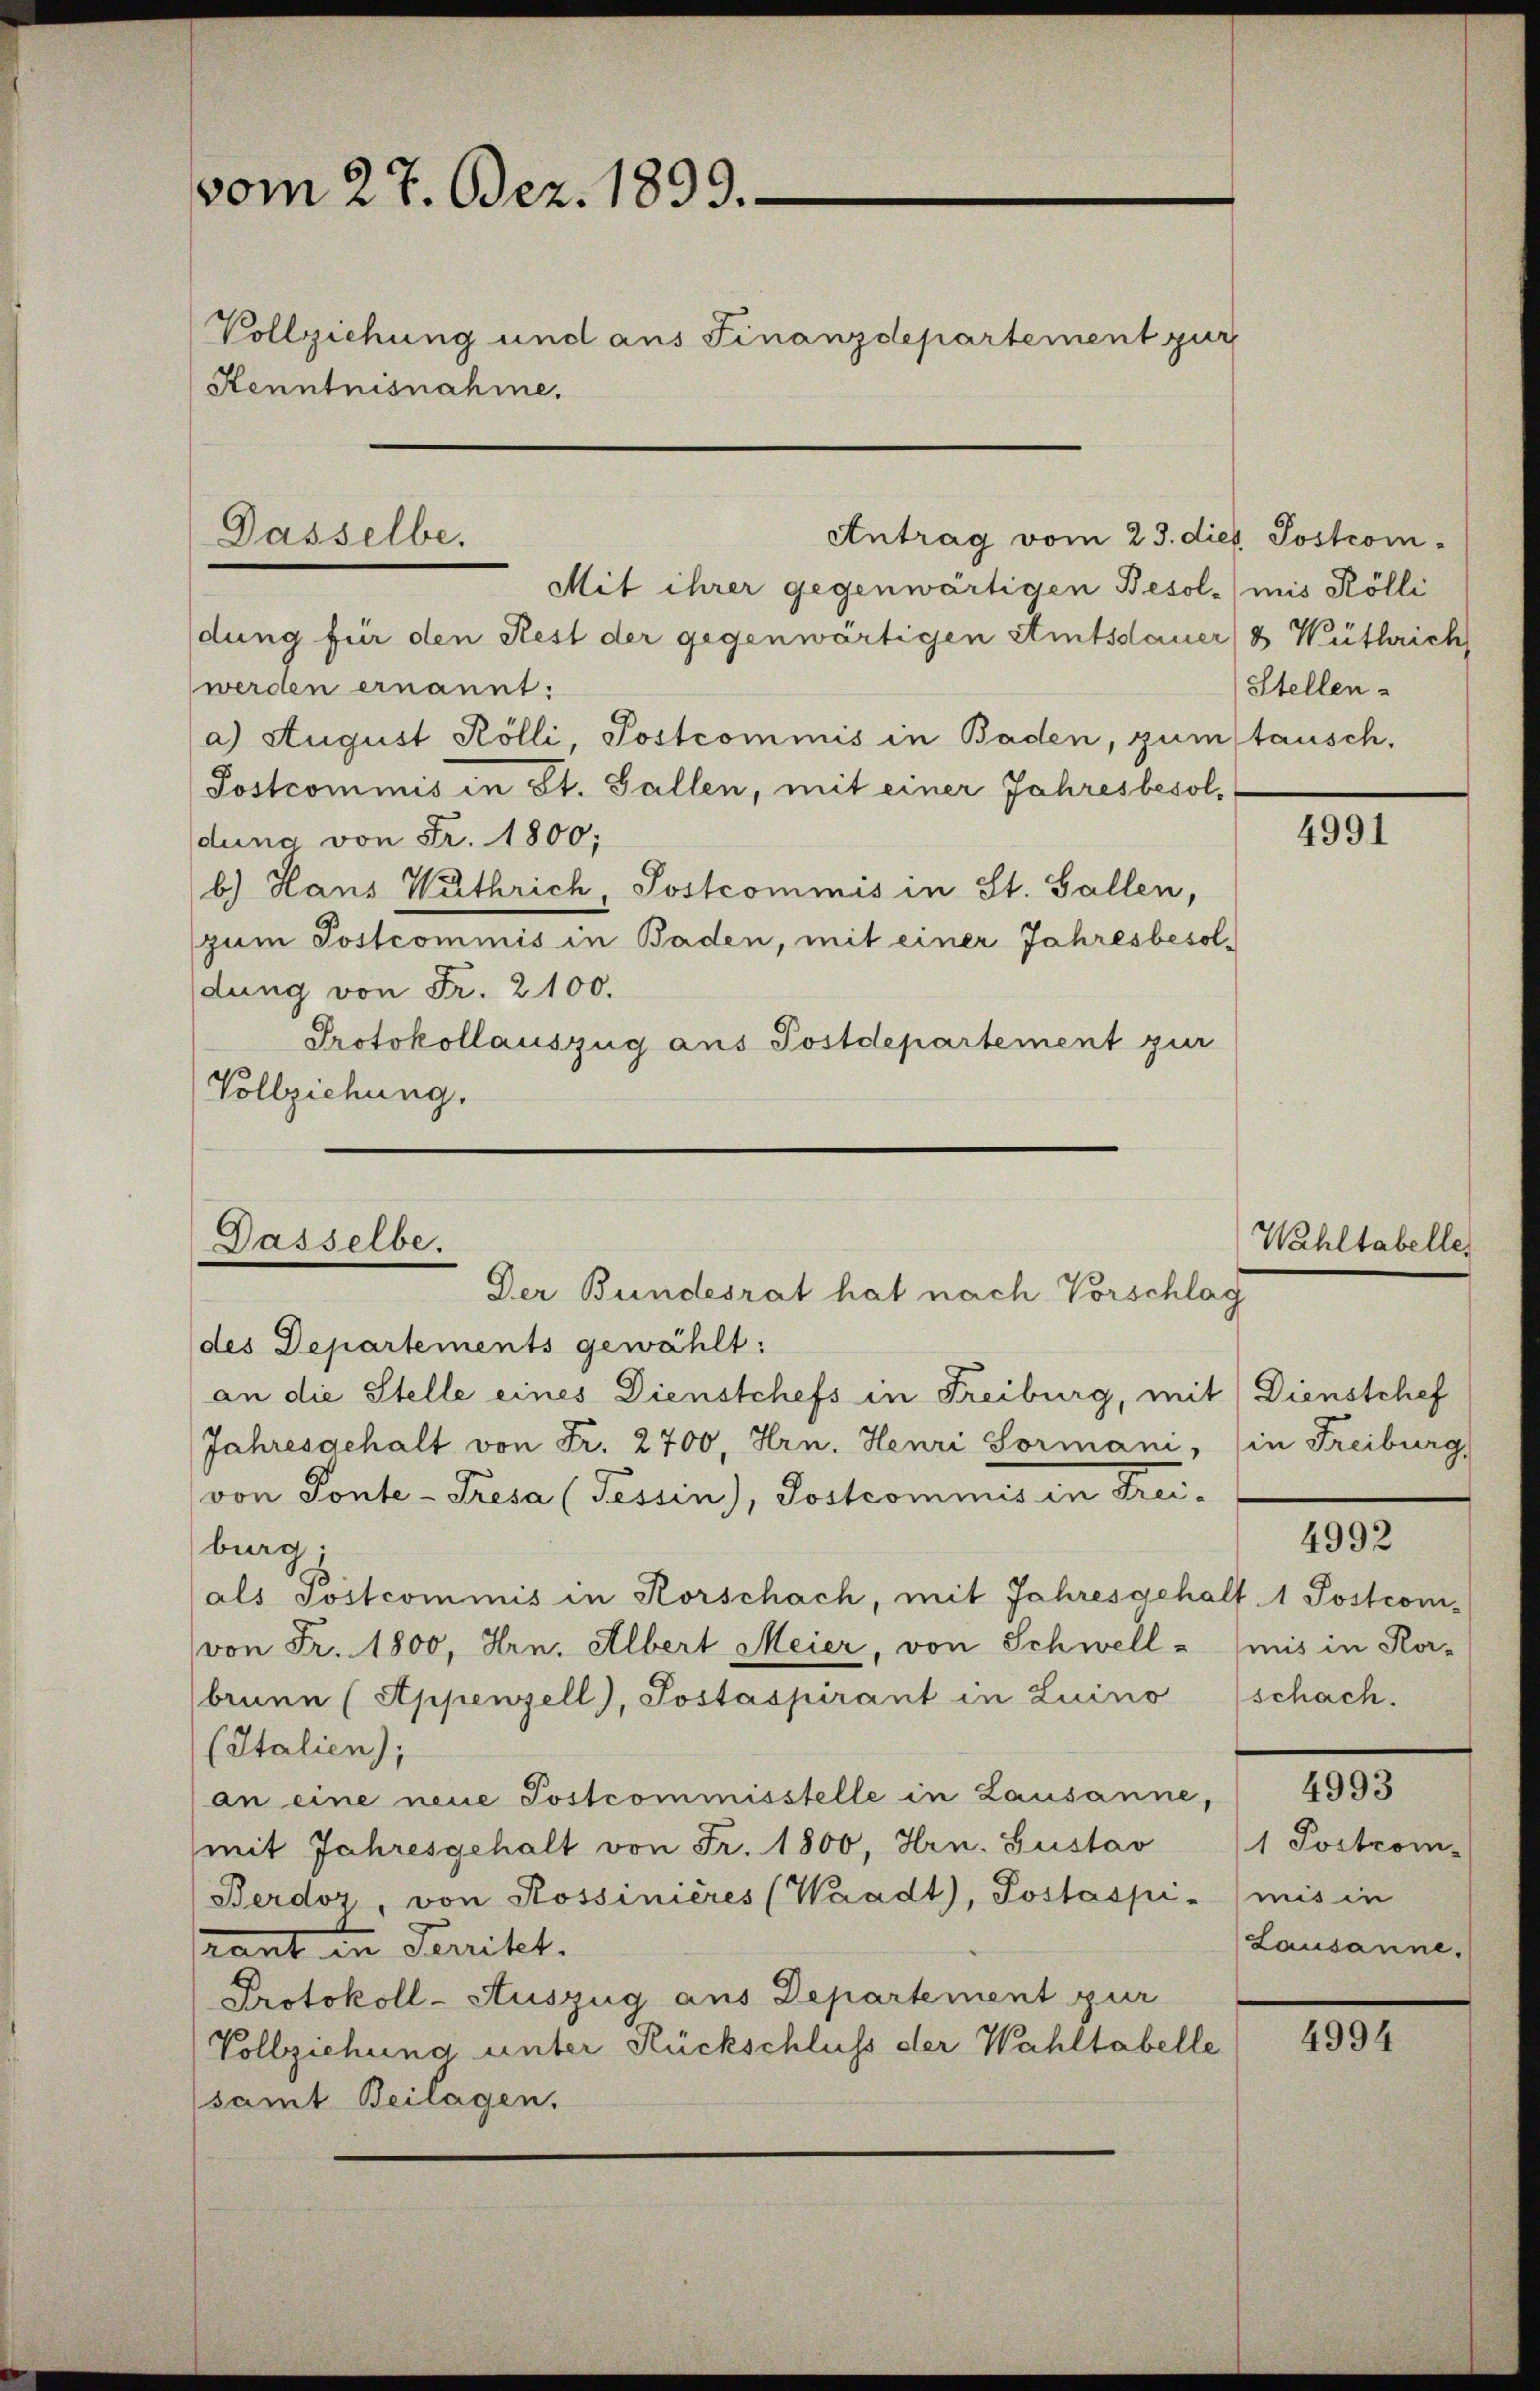
vom 27. Dez. 1899.
Vollziehung und aus Finanzdepartement zur
Kenntnisnahme.

Dasselbe.

Mit ihrer gegenwärtigen Besolmis Kölli
dung für den Rest der gegenwärtigen Amtsdauer & Wüthrich
werden ernannt:
a) August Kölli, Postcommis in Baden, zum tausch,
Postcommis in St. Gallen, mit einer Jahresbesoldung von Fr. 1800;
b.) Hans Wuthrich, Postcommis in St. Gallen,
zum Postcommis in Baden, mit einer Jahresbesoldung von Fr. 2100.
Protokollauszug aus Postdepartement zur
Vollziehung.

Antrag vom 23. dies Postrom¬

Dasselbe.
Der Bundesrat hat nach Vorschlag

des Departements gewählt:
an die Stelle eines Dienstchefs in Freiburg, mit Dienstchef
Jahresgehalt von Fr. 2700, Hrn. Henri Sormani, (in Freiburg,
von Ponte - Presa (Tessin), Postcommis in Freiburg;
als Postcommis in Korschach, mit Jahresgehalt 1 Postconi-
von Fr. 1800, Hrn. Albert Meier, von Schwellbrunn (Appenzell), Postaspirant in Luino
(Italien);
an eine neue Postcommisstelle in Lausanne,
(mit Jahresgehalt von Fr. 1800, Hrn. Gustav
Berdor, von Rossinières (Waadt, Postaspi-
rant in Territet.
Protokoll-Auszug aus Departement zur
Vollziehung unter Rückschluss der Wahltabelle
samt Beilagen,

Stellen-

4991

Wahltabelle,

4992

mis in Kor-
schach.

4993

1 Postrom-
mis in
Lausanne.

4994